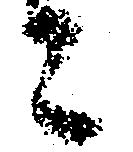
々